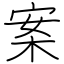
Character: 案